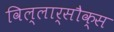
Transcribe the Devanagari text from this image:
विल्लार्सौक्स